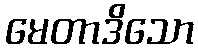
မေတာဒိသော